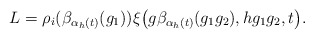
\begin{align*} L=\rho_{i}(\beta_{\alpha_{h}(t)}(g_{1}))\xi\big(g\beta_{\alpha_{h}(t)}(g_{1}g_{2}), hg_{1}g_{2},t\big). \end{align*}